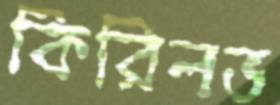
কিরিলভ